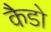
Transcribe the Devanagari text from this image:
कैडो